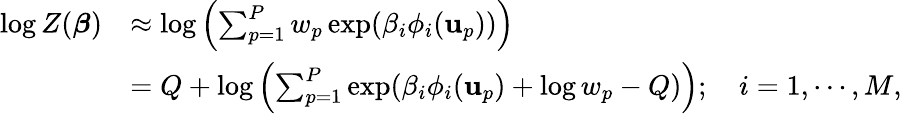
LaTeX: \begin{array}{rl}{\log Z(\boldsymbol{\beta})}&{\approx\log\left(\sum_{p=1}^{P}w_{p}\exp(\beta_{i}\phi_{i}(\mathbf{u}_{p}))\right)}\\ &{=Q+\log\left(\sum_{p=1}^{P}\exp(\beta_{i}\phi_{i}(\mathbf{u}_{p})+\log w_{p}-Q)\right);\quad i=1,\cdots,M,}\end{array}